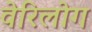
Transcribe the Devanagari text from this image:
वेरिलोग